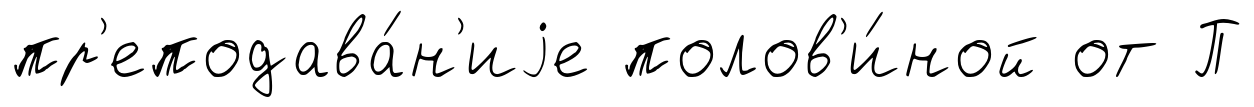
пр'еподава́н'иjе полов'и́ной от П